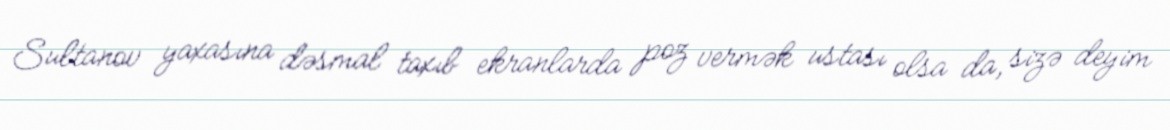
Sultanov yaxasına dəsmal taxıb ekranlarda poz vermək ustası olsa da, sizə deyim